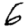
Digit: 6